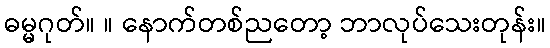
ဓမ္မဂုတ်။ ။ နောက်တစ်ညတော့ ဘာလုပ်သေးတုန်း။